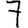
Digit: 7